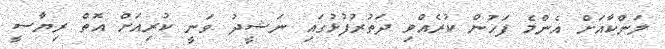
ލަންކާއަށް އެންމެ ފަހުން ކުރެއްވި ދަތުރުފުޅުގައި ނަޝީދު ވަނީ ކުރިއަށް އޮތް ރިޔާސީ